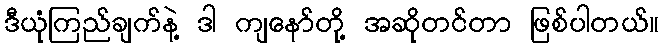
ဒီယုံကြည်ချက်နဲ့ ဒါ ကျနော်တို့ အဆိုတင်တာ ဖြစ်ပါတယ်။